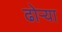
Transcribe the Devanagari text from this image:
ढोऱ्या